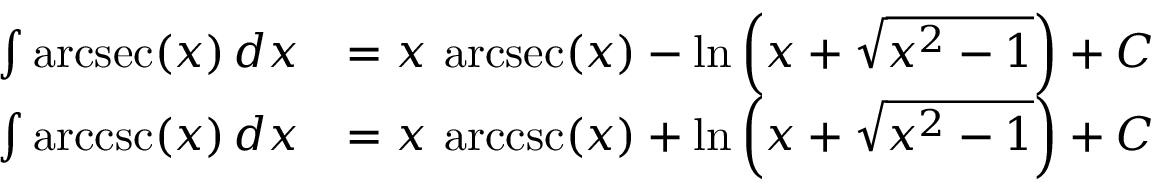
{ \begin{array} { r l } { \int \operatorname { a r c s e c } ( x ) \, d x } & { = x \, \operatorname { a r c s e c } ( x ) - \ln \left( x + { \sqrt { x ^ { 2 } - 1 } } \right) + C } \\ { \int \operatorname { a r c c s c } ( x ) \, d x } & { = x \, \operatorname { a r c c s c } ( x ) + \ln \left( x + { \sqrt { x ^ { 2 } - 1 } } \right) + C } \end{array} }